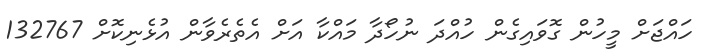
ހައްޖަށް މީހުން ގޮވައިގެން ހުއްދަ ނުހޯދާ މައްކާ އަށް އެތެރެވާން އުޅެނިކޮށް 132767